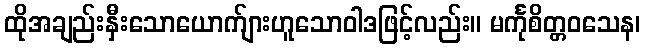
ထိုအချည်းနှီးသောယောက်ျားဟူသောဝါဒဖြင့်လည်း။ မင်္ကုစိတ္တဝသေန၊